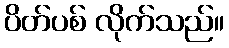
ပိတ်ပစ် လိုက်သည်။